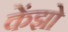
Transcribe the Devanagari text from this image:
केंझो